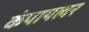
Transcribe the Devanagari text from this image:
कंपायलर